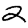
Digit: 2